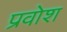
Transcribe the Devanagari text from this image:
प्रवोश